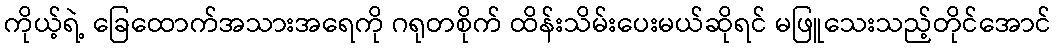
ကိုယ့်ရဲ့ ခြေထောက်အသားအရေကို ဂရုတစိုက် ထိန်းသိမ်းပေးမယ်ဆိုရင် မဖြူသေးသည့်တိုင်အောင်